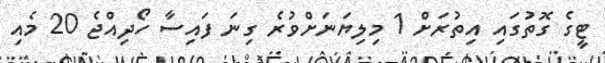
ޓީގެ ގޮތުގައި އިތުރަށް 1 މިލިޔަނަށްވުރެ ގިނަ ފައިސާ ހޯދިއްޖެ 20 މެއި